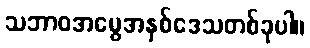
သဘာဝအမွေအနှစ်ဒေသတစ်ခုပါ။